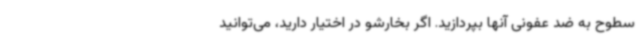
سطوح به ضد عفونی آنها بپردازید. اگر بخارشو در اختیار دارید، می‌توانید